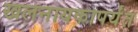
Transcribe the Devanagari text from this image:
खलनायकापर्यंत